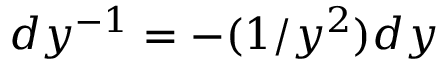
d y ^ { - 1 } = - ( 1 / y ^ { 2 } ) d y